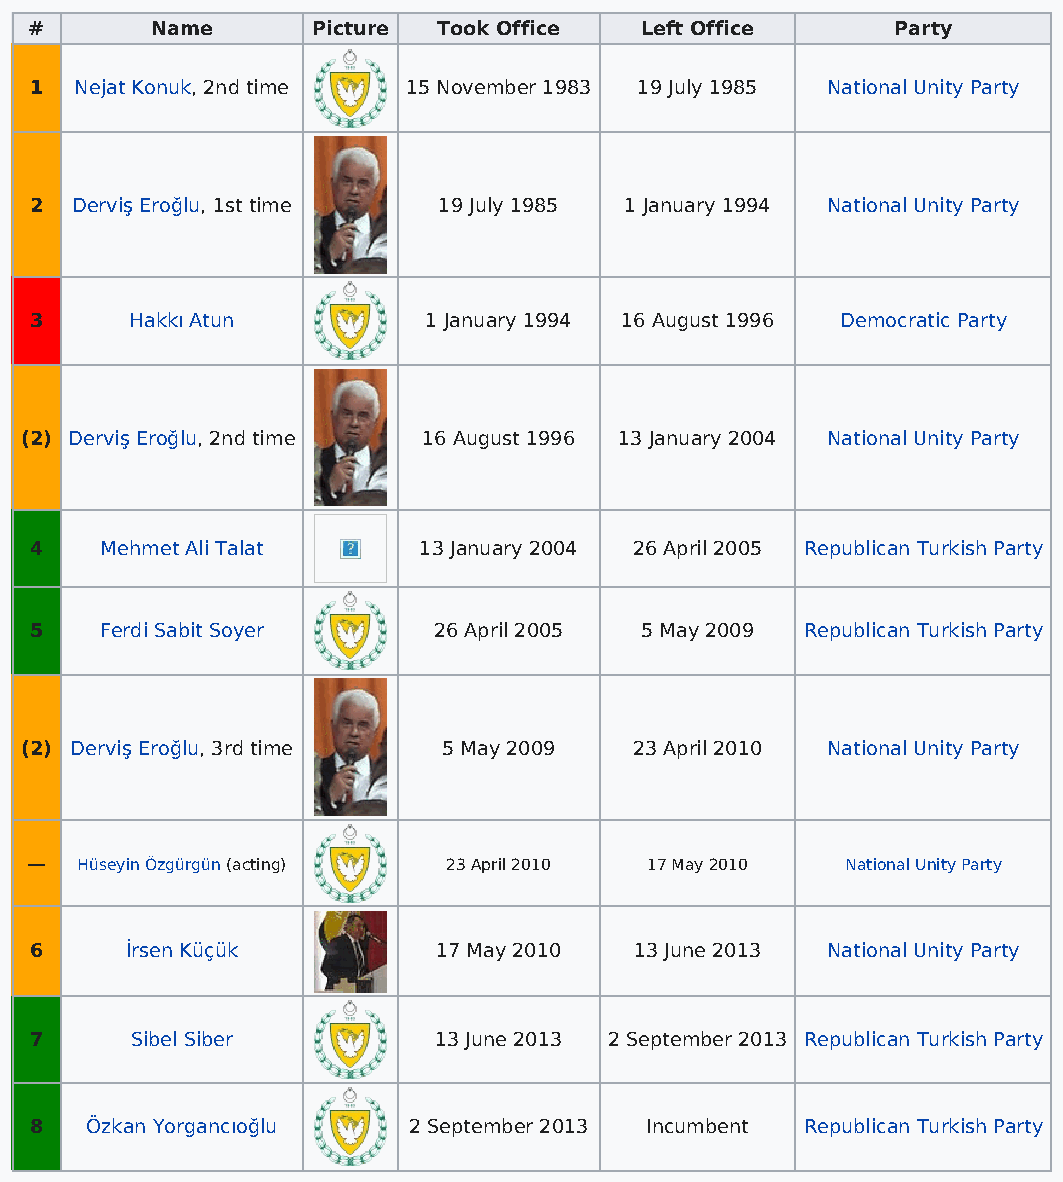
#       Name       Picture Took Office  Left Office      Party
 1  Nejat Konuk, 2nd time 15 November 1983 19 July 1985 National Unity Party
 2  Derviş Eroğlu, 1st time 19 July 1985 1 January 1994 National Unity Party
 3      Hakkı Atun         1 January 1994 16 August 1996 Democratic Party
 (2) Derviş Eroğlu, 2nd time 16 August 1996 13 January 2004 National Unity Party
 4    Mehmet Ali Talat     13 January 2004 26 April 2005 Republican Turkish Party
 5    Ferdi Sabit Soyer     26 April 2005 5 May 2009 Republican Turkish Party
 (2) Derviş Eroğlu, 3rd time 5 May 2009   23 April 2010 National Unity Party
 —  Hüseyin Özgürgün (acting) 23 April 2010 17 May 2010 National Unity Party
 6     İrsen Küçük          17 May 2010  13 June 2013 National Unity Party
 7      Sibel Siber         13 June 2013 2 September 2013 Republican Turkish Party
 8   Özkan Yorgancıoğlu   2 September 2013 Incumbent Republican Turkish Party